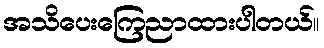
အသိပေးကြေညာထားပါတယ်။